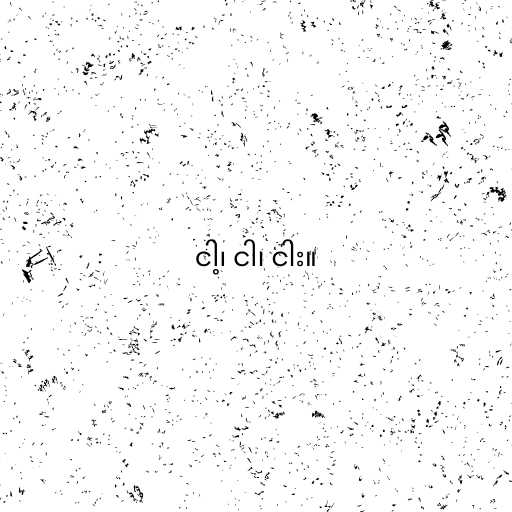
ငါ့၊ ငါ၊ ငါး။